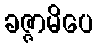
ခဇ္ဇာမိပေ